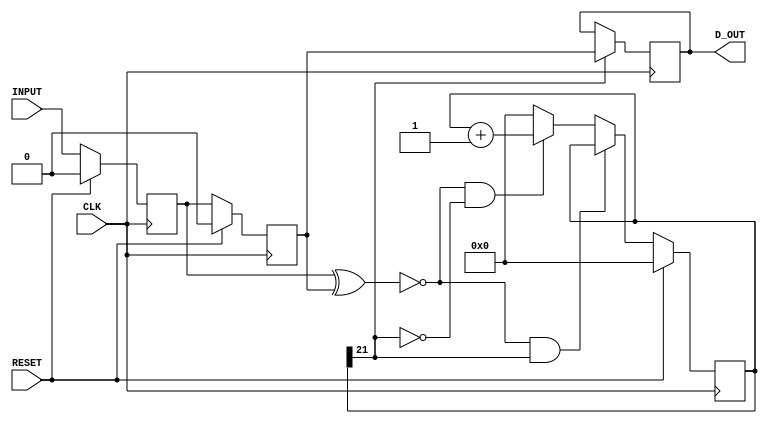
`timescale 1ns / 1ps

module debounce (
	input CLK,
	input RESET,
	input INPUT,				
	output reg D_OUT
	);
	
// size of registers for debouncing
parameter D = 22;	/* for synthesis */
//parameter D = 2;	/* for testbench */


reg FF1, FF2;			    // input for flip flops
reg [D-1:0] d_queue;		// debounce queue: stores values for sequence input
reg [D-1:0] next_d_queue;	// delay for syncronous purpose. next debounce queue

// Wire Declaration and Assignments

wire d_queue_RESET;		// reset signal: reset the queue if the two flip flop signals are not the same
assign d_queue_RESET = (FF1 ^ FF2);		

wire d_queue_cnt;		// add to counter when d_queue msb is equal to 0
assign d_queue_cnt = ~(d_queue[D-1]);		

// SYNCHRONOUS assign FF1 FF2 d_queue 
always @ ( posedge CLK ) begin
	if(RESET ==  1'b1) begin
		FF1 <= 1'b0;
		FF2 <= 1'b0;
		d_queue <= { D {1'b0} };
	end
	else begin
		FF1 <= INPUT;
		FF2 <= FF1;
		d_queue <= next_d_queue;
	end
end

// SYNCHRONOUS assign final output D_OUT
always @ ( posedge CLK ) begin
	if(d_queue[D-1] == 1'b1)			D_OUT <= FF2;
	else								D_OUT <= D_OUT;
end

// SYNCHRONOUS assign next_d_queue	
always @ ( d_queue_RESET, d_queue_cnt, d_queue) begin	
	if( ~d_queue_RESET & ~d_queue_cnt) begin
		next_d_queue <= d_queue;
	end 
	else if (~d_queue_RESET & d_queue_cnt) begin
		next_d_queue <= d_queue + 1'b1;
	end 
	else begin
		next_d_queue <= { D {1'b0} };
	end
end
	
endmodule